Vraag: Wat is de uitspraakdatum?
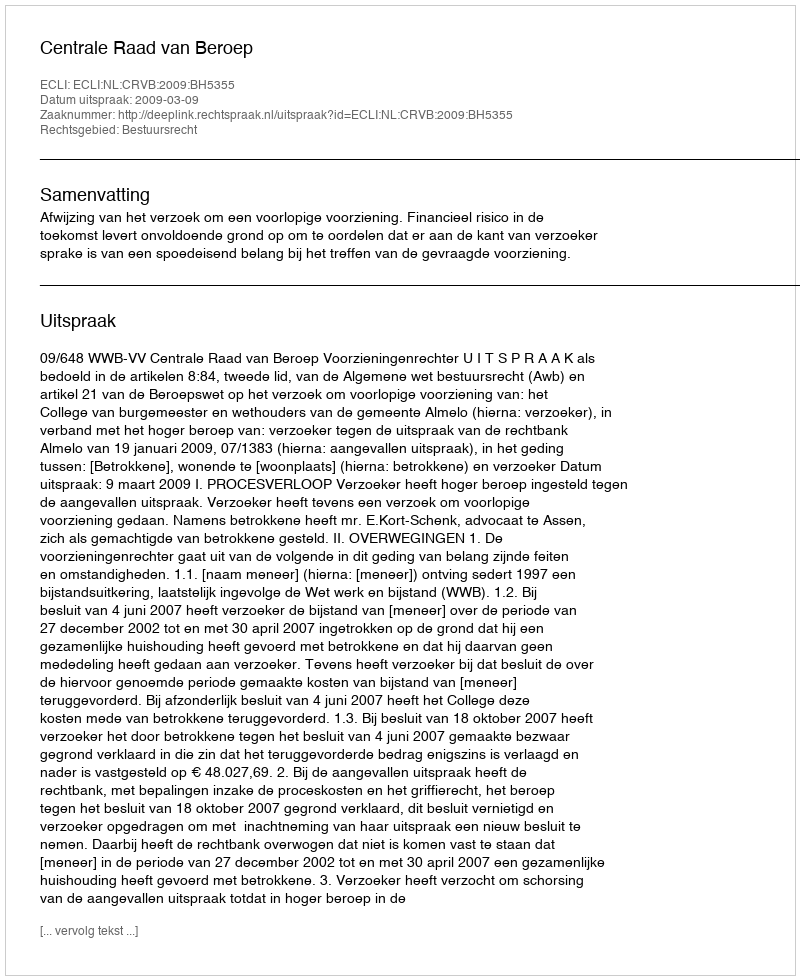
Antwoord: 2009-03-09